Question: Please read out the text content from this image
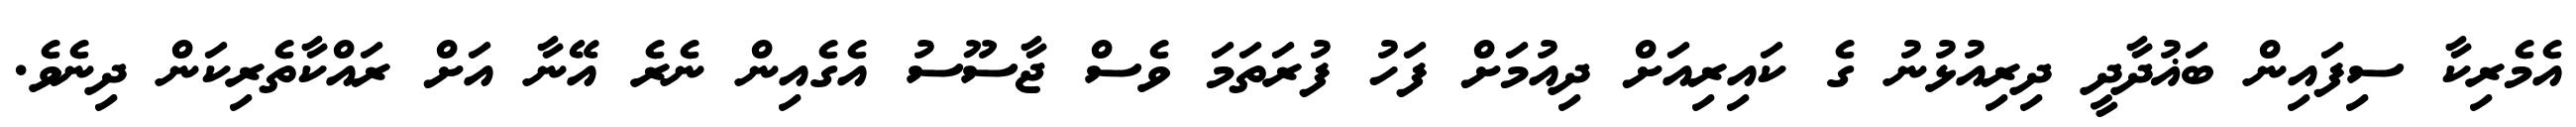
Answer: އެމެރިކާ ސިފައިން ބަޣުދާދީ ދިރިއުޅުނު ގެ ކައިރިއަށް ދިއުމަށް ފަހު ފުރަތަމަ ވެސް ޖާސޫސު އެގެއިން ނެރެ އޭނާ އަށް ރައްކާތެރިކަން ދިނެވެ.